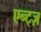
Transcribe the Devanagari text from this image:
एन्ट्ज़